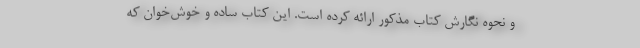
و نحوه نگارش کتاب مذکور ارائه کرده است. این کتاب ساده و خوش‌خوان که